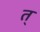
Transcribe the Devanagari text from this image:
त्‌